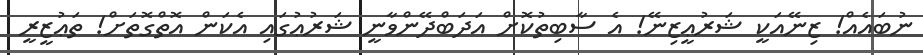
ނުބައެއް! ޒިނޭއަކީ ޝަރުޢީޒިނޭ! އެ ސާބިތުކޮށް އަދަބްދޭންވާނީ ޝަރުޢުގައި އެކަން އޮތްގޮތަށް! ތަޢުޒީރީ